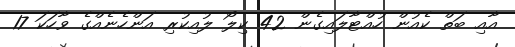
އާއި ބަތް ކެއުން ހުއްޓާލައިގެން 42 ކިލޯ ލުއިކުރި އަންހެނެއްގެ ވާހަކަ 17